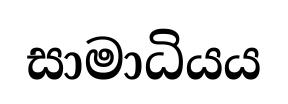
සාමාධියය